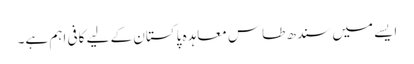
ایسے میں سندھ طاس معاہدہ پاکستان کے لیے کافی اہم ہے۔